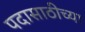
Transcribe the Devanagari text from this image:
पदासाठीच्या